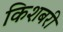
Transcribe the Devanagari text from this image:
किशबरी